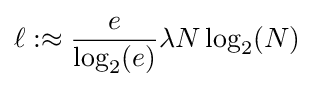
\ell :\approx {\frac {e}{\log _{2}(e)}}\lambda N\log _{2}(N)